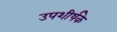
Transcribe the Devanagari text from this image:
उपशीर्षके